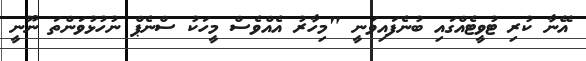
އޭނާ ކުރި ޓުވީޓެއްގައި ބުނެފައިވަނީ "މިހާރު އެއްވެސް މީހަކު ސްނެޕް ނުހުޅުވަންތަ ނޫނީ